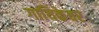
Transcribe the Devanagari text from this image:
गायिकेवर